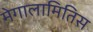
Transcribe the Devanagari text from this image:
मेगालामितिस